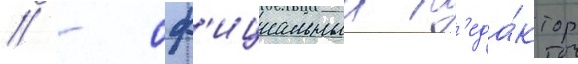
// - оф'ициальныи р'еда́ктор